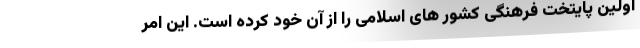
اولین پایتخت فرهنگی کشور های اسلامی را از آن خود کرده است. این امر